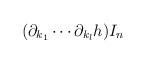
LaTeX: \begin{align*}(\partial_{k_1} \cdots \partial_{k_l} h) I_n\end{align*}